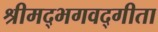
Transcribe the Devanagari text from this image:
श्रीमद्‍भगवद्‍गीता